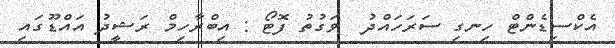
އެކްސިޑެންޓް ހިނގި ސަރަހައްދު  ވަގުތު ފޮޓޯ : އިބްރާހިމް ރަޝީދު އައްޑޫގައި